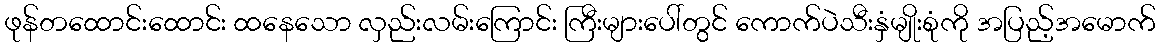
ဖုန်တထောင်းထောင်း ထနေသော လှည်းလမ်းကြောင်း ကြီးများပေါ်တွင် ကောက်ပဲသီးနှံမျိုးစုံကို အပြည့်အမောက်